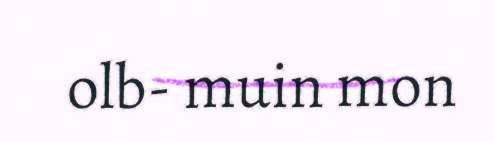
olb- muin mon